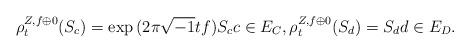
LaTeX: \begin{align*}\rho^{Z,f\oplus 0}_t(S_c) = \exp{(2\pi\sqrt{-1}t f)}S_c c \in E_C,\rho^{Z,f\oplus 0}_t(S_d) = S_d d \in E_D. \end{align*}